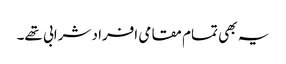
یہ بھی تمام مقامی افراد شرابی تھے۔